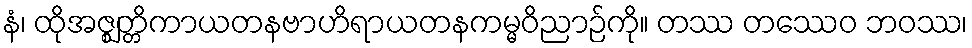
နံ၊ ထိုအဇ္ဈတ္တိကာယတနဗာဟိရာယတနကမ္မဝိညာဉ်ကို။ တဿ တဿေဝ ဘဝဿ၊